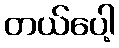
တယ်ပေါ့